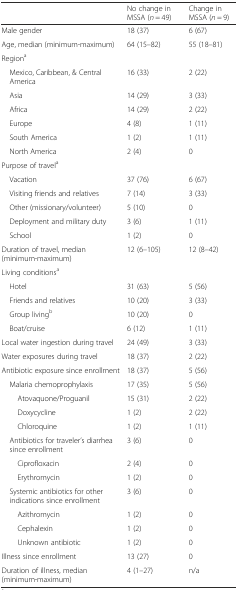
<table><thead><tr><td></td><td><b>No change in MSSA (<i>n</i> = 49)</b></td><td><b>Change in MSSA (<i>n</i> = 9)</b></td></tr></thead><tbody><tr><td>Male gender</td><td>18 (37)</td><td>6 (67)</td></tr><tr><td>Age, median (minimum-maximum)</td><td>64 (15–82)</td><td>55 (18–81)</td></tr><tr><td colspan="3">Region<sup>a</sup></td></tr><tr><td> Mexico, Caribbean, &amp; Central America</td><td>16 (33)</td><td>2 (22)</td></tr><tr><td> Asia</td><td>14 (29)</td><td>3 (33)</td></tr><tr><td> Africa</td><td>14 (29)</td><td>2 (22)</td></tr><tr><td> Europe</td><td>4 (8)</td><td>1 (11)</td></tr><tr><td> South America</td><td>1 (2)</td><td>1 (11)</td></tr><tr><td> North America</td><td>2 (4)</td><td>0</td></tr><tr><td colspan="3">Purpose of travel<sup>a</sup></td></tr><tr><td> Vacation</td><td>37 (76)</td><td>6 (67)</td></tr><tr><td> Visiting friends and relatives</td><td>7 (14)</td><td>3 (33)</td></tr><tr><td> Other (missionary/volunteer)</td><td>5 (10)</td><td>0</td></tr><tr><td> Deployment and military duty</td><td>3 (6)</td><td>1 (11)</td></tr><tr><td> School</td><td>1 (2)</td><td>0</td></tr><tr><td>Duration of travel, median (minimum-maximum)</td><td>12 (6–105)</td><td>12 (8–42)</td></tr><tr><td colspan="3">Living conditions<sup>a</sup></td></tr><tr><td> Hotel</td><td>31 (63)</td><td>5 (56)</td></tr><tr><td> Friends and relatives</td><td>10 (20)</td><td>3 (33)</td></tr><tr><td> Group living<sup>b</sup></td><td>10 (20)</td><td>0</td></tr><tr><td> Boat/cruise</td><td>6 (12)</td><td>1 (11)</td></tr><tr><td>Local water ingestion during travel</td><td>24 (49)</td><td>3 (33)</td></tr><tr><td>Water exposures during travel</td><td>18 (37)</td><td>2 (22)</td></tr><tr><td>Antibiotic exposure since enrollment</td><td>18 (37)</td><td>5 (56)</td></tr><tr><td> Malaria chemoprophylaxis</td><td>17 (35)</td><td>5 (56)</td></tr><tr><td>Atovaquone/Proguanil</td><td>15 (31)</td><td>2 (22)</td></tr><tr><td>Doxycycline</td><td>1 (2)</td><td>2 (22)</td></tr><tr><td>Chloroquine</td><td>1 (2)</td><td>1 (11)</td></tr><tr><td> Antibiotics for traveler’s diarrhea since enrollment</td><td>3 (6)</td><td>0</td></tr><tr><td>Ciprofloxacin</td><td>2 (4)</td><td>0</td></tr><tr><td>Erythromycin</td><td>1 (2)</td><td>0</td></tr><tr><td> Systemic antibiotics for other indications since enrollment</td><td>3 (6)</td><td>0</td></tr><tr><td>Azithromycin</td><td>1 (2)</td><td>0</td></tr><tr><td>Cephalexin</td><td>1 (2)</td><td>0</td></tr><tr><td>Unknown antibiotic</td><td>1 (2)</td><td>0</td></tr><tr><td>Illness since enrollment</td><td>13 (27)</td><td>0</td></tr><tr><td>Duration of illness, median (minimum-maximum)</td><td>4 (1–27)</td><td>n/a</td></tr></tbody></table>